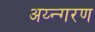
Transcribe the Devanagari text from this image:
अय्न्गरण